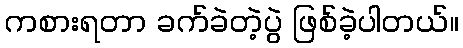
ကစားရတာ ခက်ခဲတဲ့ပွဲ ဖြစ်ခဲ့ပါတယ်။